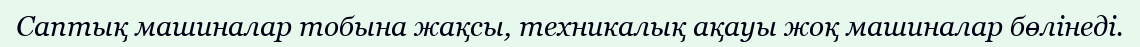
Саптық машиналар тобына жақсы, техникалық ақауы жоқ машиналар бөлінеді.